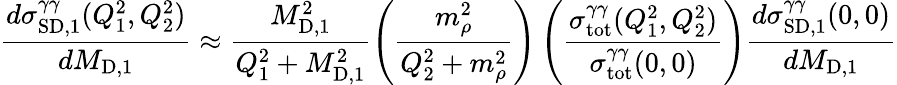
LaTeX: \frac{d\sigma_{\mathrm{SD},1}^{\gamma\gamma}(Q_{1}^{2},Q_{2}^{2})}{dM_{\mathrm{D},1}}\approx\frac{M_{\mathrm{D},1}^{2}}{Q_{1}^{2}+M_{\mathrm{D},1}^{2}}\left(\frac{m_{\rho}^{2}}{Q_{2}^{2}+m_{\rho}^{2}}\right)\left(\frac{\sigma_{\mathrm{tot}}^{\gamma\gamma}(Q_{1}^{2},Q_{2}^{2})}{\sigma_{\mathrm{tot}}^{\gamma\gamma}(0,0)}\right)\frac{d\sigma_{\mathrm{SD},1}^{\gamma\gamma}(0,0)}{dM_{\mathrm{D},1}}